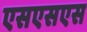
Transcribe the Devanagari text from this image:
एसएसएस